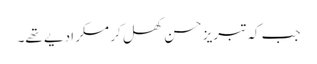
جب کہ تبریز حسن کھل کر مسکرا دیے تھے۔